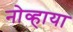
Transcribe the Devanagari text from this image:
नोव्हाया